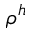
\rho ^ { h }